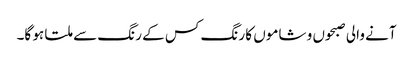
آنے والی صبحوں و شاموں کا رنگ کس کے رنگ سے ملتا ہو گا۔